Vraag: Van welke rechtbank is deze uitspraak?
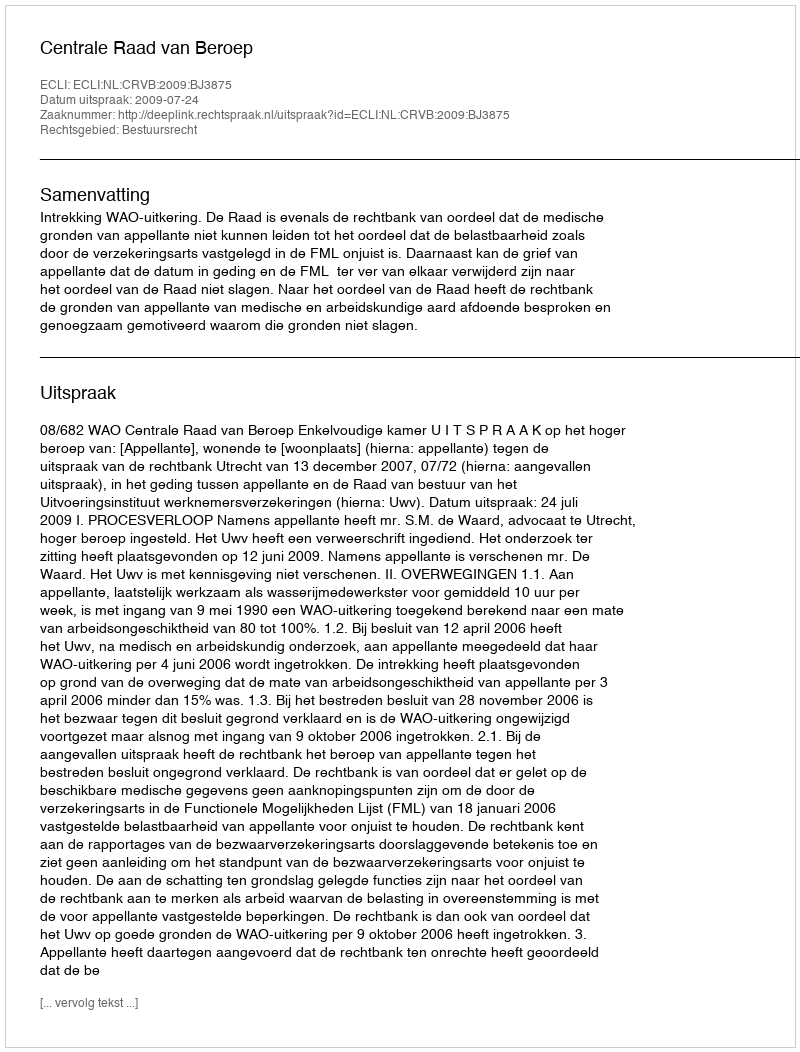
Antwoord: Centrale Raad van Beroep